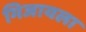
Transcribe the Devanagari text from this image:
भिजायला